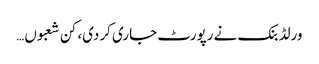
ورلڈ بنک نے رپورٹ جاری کردی، کن شعبوں…